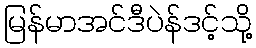
မြန်မာအင်ဒီပဲန်ဒင့်သို့